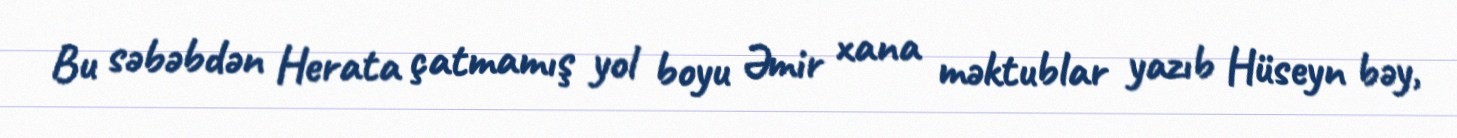
Bu səbəbdən Herata çatmamış yol boyu Əmir xana məktublar yazıb Hüseyn bəy,